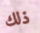
ذلك